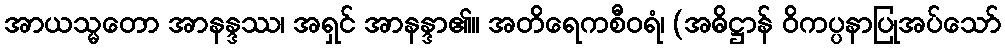
အာယသ္မတော အာနန္ဒဿ၊ အရှင် အာနန္ဒာ၏။ အတိရေကစီဝရံ၊ (အဓိဋ္ဌာန် ဝိကပ္ပနာပြုအပ်သော်